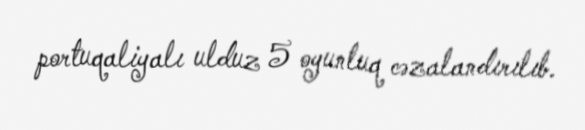
portuqaliyalı ulduz 5 oyunluq cəzalandırılıb.